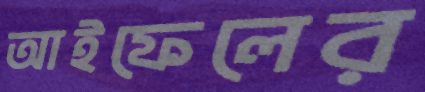
আইফেলের